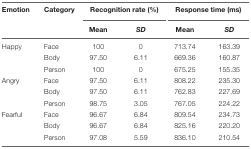
<table><thead><tr><td><b>Emotion</b></td><td><b>Category</b></td><td colspan="2"><b>Recognition rate (%)</b></td><td colspan="2"><b>Response time (ms)</b></td></tr><tr><td></td><td></td><td><b>Mean</b></td><td><b><i>SD</i></b></td><td><b>Mean</b></td><td><b><i>SD</i></b></td></tr></thead><tbody><tr><td>Happy</td><td>Face</td><td>100</td><td>0</td><td>713.74</td><td>163.39</td></tr><tr><td></td><td>Body</td><td>97.50</td><td>6.11</td><td>669.36</td><td>160.87</td></tr><tr><td></td><td>Person</td><td>100</td><td>0</td><td>675.25</td><td>155.35</td></tr><tr><td>Angry</td><td>Face</td><td>97.50</td><td>6.11</td><td>808.22</td><td>235.30</td></tr><tr><td></td><td>Body</td><td>97.50</td><td>6.11</td><td>762.83</td><td>227.69</td></tr><tr><td></td><td>Person</td><td>98.75</td><td>3.05</td><td>767.05</td><td>224.22</td></tr><tr><td>Fearful</td><td>Face</td><td>96.67</td><td>6.84</td><td>809.54</td><td>234.73</td></tr><tr><td></td><td>Body</td><td>96.67</td><td>6.84</td><td>825.16</td><td>220.20</td></tr><tr><td></td><td>Person</td><td>97.08</td><td>5.59</td><td>836.10</td><td>210.54</td></tr></tbody></table>